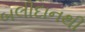
બલીદાનથી